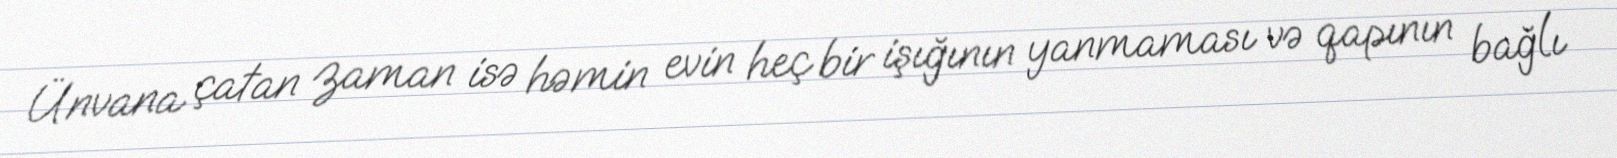
Ünvana çatan zaman isə həmin evin heç bir işığının yanmaması və qapının bağlı